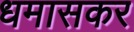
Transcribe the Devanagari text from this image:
धमासकर